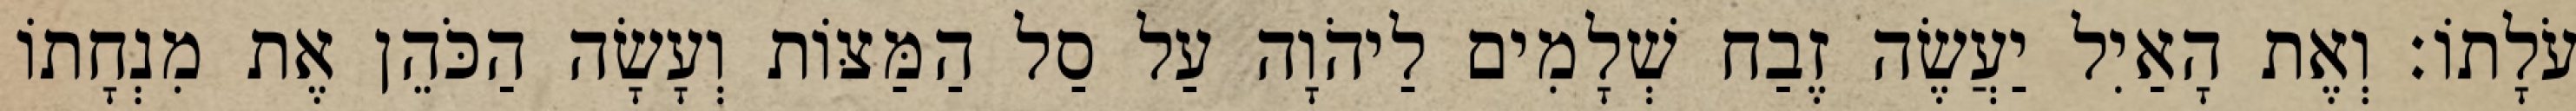
עֹלָתוֹ׃ וְאֶת הָאַיִל יַעֲשֶׂה זֶבַח שְׁלָמִים לַיהֹוָה עַל סַל הַמַּצּוֹת וְעָשָׂה הַכֹּהֵן אֶת מִנְחָתוֹ